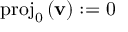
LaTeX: \mathrm { p r o j } _ { 0 } \, ( \mathbf { v } ) : = 0